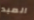
العبد